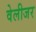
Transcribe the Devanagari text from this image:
वेलीजर